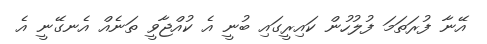
އޭނާ ފުރަތަމަ ފުލުހުން ކައިރީގައި ބުނީ އެ ކުއްޖާވީ ތަނެއް އެނގޭނީ އެ